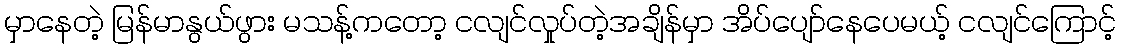
မှာနေတဲ့ မြန်မာနွယ်ဖွား မသန့်ကတော့ ငလျင်လှုပ်တဲ့အချိန်မှာ အိပ်ပျော်နေပေမယ့် ငလျင်ကြောင့်